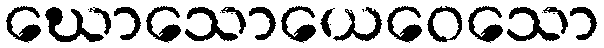
ဃောသောယေဝေသော